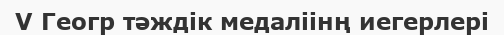
V Геогр тәждік медаліінң иегерлері